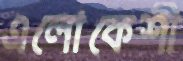
এলোকেশী